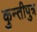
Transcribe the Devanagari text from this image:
कुन्तीपुत्र